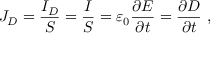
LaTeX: J _ { D } = { \frac { I _ { D } } { S } } = { \frac { I } { S } } = \varepsilon _ { 0 } { \frac { \partial E } { \partial t } } = { \frac { \partial D } { \partial t } } \ ,